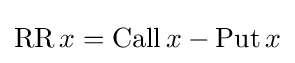
\operatorname {RR} x=\operatorname {Call} x-\operatorname {Put} x